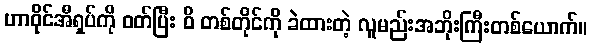
ဟာဝိုင်အီရှပ်ကို ဝတ်ပြီး ဝိ တစ်တိုင်ကို ခဲထားတဲ့ လူမည်းအဘိုးကြီးတစ်ယောက်။